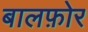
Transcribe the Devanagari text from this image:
बालफ़ोर